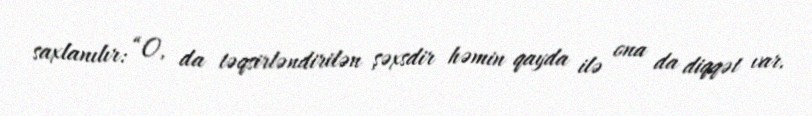
saxlanılır: “O, da təqsirləndirilən şəxsdir həmin qayda ilə ona da diqqət var.